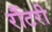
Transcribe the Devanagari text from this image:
रौंटरी